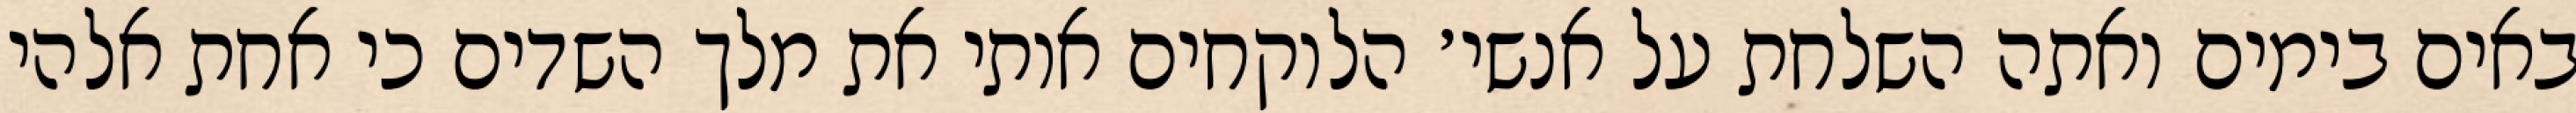
באים בימים ואתה השלחת על אנשי׳ הלוקחים אותי את מלך השדים כי אחת אלהי